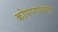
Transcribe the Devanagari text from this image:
कोपरगावला